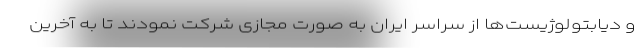
و دیابتولوژیست‌ها از سراسر ایران به صورت مجازی شرکت نمودند تا به آخرین